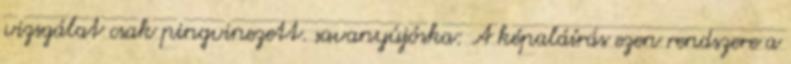
vizsgálat csak pingvinezett. savanyújóska: A képaláírás ezen rendszere a